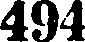
494